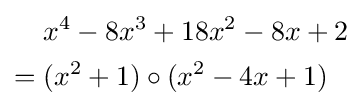
{\begin{aligned}&x^{4}-8x^{3}+18x^{2}-8x+2\\={}&(x^{2}+1)\circ (x^{2}-4x+1)\end{aligned}}